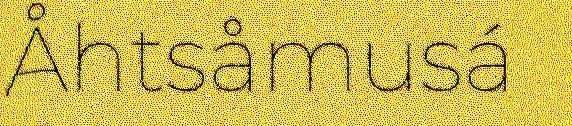
Åhtsåmusá